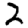
Digit: 2